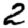
Digit: 2